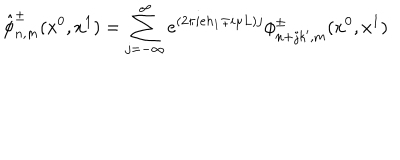
\hat { \phi } _ { n , m } ^ { \pm } ( x ^ { 0 } , x ^ { 1 } ) = \sum _ { j = - \infty } ^ { \infty } e ^ { ( 2 \pi i e h _ { 1 } \mp i \mu L ) j } \phi _ { n + j k ^ { \prime } , m } ^ { \pm } ( x ^ { 0 } , x ^ { 1 } )